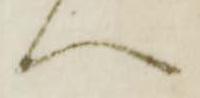
へ